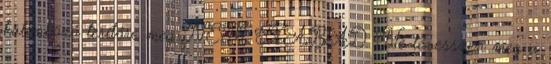
különböző terítőre meg NEM SZABAD. Ne tévesszen meg a